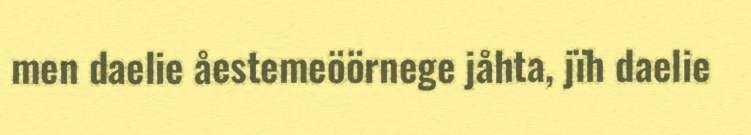
men daelie åestemeöörnege jåhta, jïh daelie